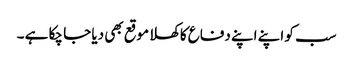
سب کو اپنے اپنے دفاع کاکھلا موقع بھی دیا جا چکا ہے ۔